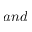
a n d